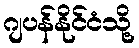
ဂျပန်နိုင်ငံသို့